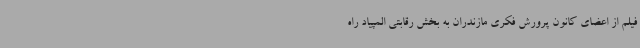
فیلم از اعضای کانون پرورش فکری مازندران به بخش رقابتی المپیاد راه